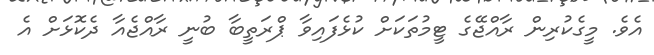
އެވެ. މީގެކުރިން ރާއްޖޭގެ ޓީމުތަކަށް ކުޅެފައިވާ ޕްރަތީބާ ބުނީ ރާއްޖެއާ ދެކޮޅަށް އެ